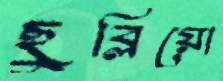
ছুব্‌লিয়ো